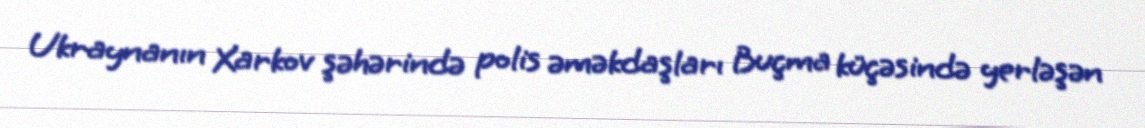
Ukraynanın Xarkov şəhərində polis əməkdaşları Buçma küçəsində yerləşən